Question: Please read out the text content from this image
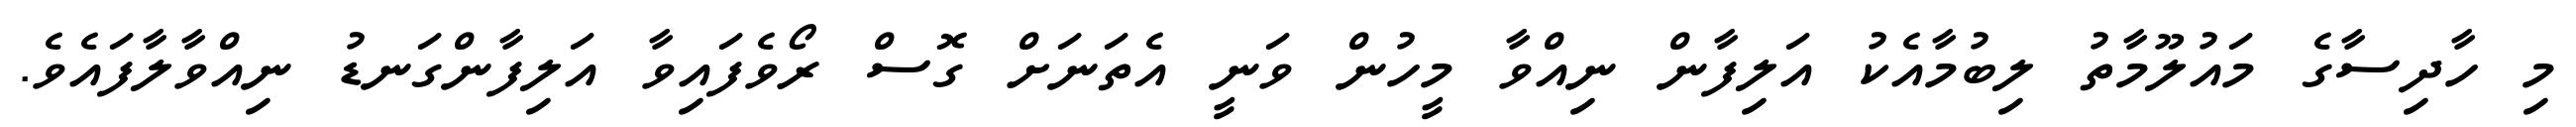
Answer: މި ހާދިސާގެ މައުލޫމާތު ލިބުމާއެކު އަލިފާން ނިއްވާ މީހުން ވަނީ އެތަނަށް ގޮސް ރޯވެފައިވާ އަލިފާންގަނޑު ނިއްވާލާފައެވެ.